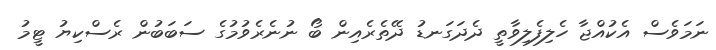
ނަމަވެސް އެކުއްޖާ ހެލިފެލިވާތީ ދެދަގަނޑު ދޭތެރެއިން ބޯ ނުނެރެވުމުގެ ސަބަބުން ރެސްކިޔު ޓީމު